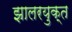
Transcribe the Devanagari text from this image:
झालरयुक्त